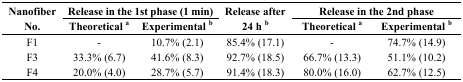
| <ROWSPAN=3> Nanofiber No. | <COLSPAN=2> Release in the 1st phase (1 min) | <ROWSPAN=3> Release after 24 h b | <COLSPAN=2> Release in the 2nd phase |
 | Theoretical a | Experimental b | Theoretical a | Experimental b |
 | --- | --- | --- | --- | --- | --- |
 | F1 | - | 10.7% (2.1) | 85.4% (17.1) | - | 74.7% (14.9) |
 | F3 | 33.3% (6.7) | 41.6% (8.3) | 92.7% (18.5) | 66.7% (13.3) | 51.1% (10.2) |
 | F4 | 20.0% (4.0) | 28.7% (5.7) | 91.4% (18.3) | 80.0% (16.0) | 62.7% (12.5) |